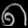
Digit: ၈